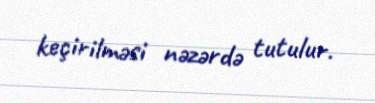
keçirilməsi nəzərdə tutulur.